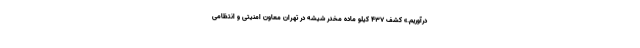
درآوریم.» کشف ۴۳۷ کیلو ماده مخدر شیشه در تهران معاون امنیتی و انتظامی